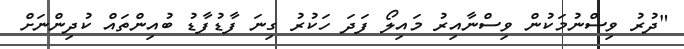
"ދުރު ވިސްނުމަކުން ވިސްނާއިރު މައިލޯ ފަދަ ހަކުރު ގިނަ ފާޑުފާޑު ބުއިންތައް ކުދިންނަށް